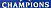
CHAMPIONS